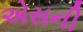
એસની